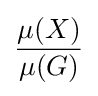
{\frac {\mu (X)}{\mu (G)}}